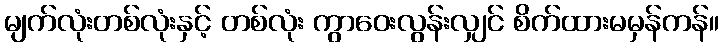
မျက်လုံးတစ်လုံးနှင့် တစ်လုံး ကွာဝေးလွန်းလျှင် စိက်ထားမမှန်ကန်။